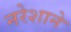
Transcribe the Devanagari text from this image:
नरेशाने